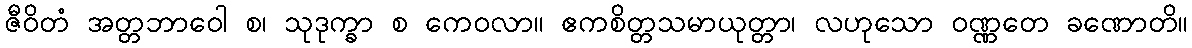
ဇီဝိတံ အတ္တဘာဝေါ စ၊ သုဒုက္ခာ စ ကေဝလာ။ ဧကစိတ္တသမာယုတ္တာ၊ လဟုသော ဝဏ္ဏတေ ခဏောတိ။